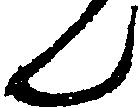
ん